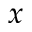
x